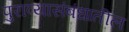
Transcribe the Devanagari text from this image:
पुराव्यासंबंधातील